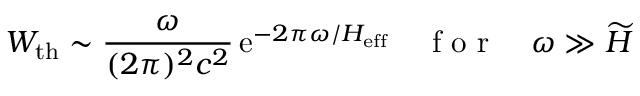
W _ { \mathrm { t h } } \sim \frac { \omega } { ( 2 \pi ) ^ { 2 } c ^ { 2 } } \, \mathrm { e } ^ { - 2 \pi \omega / H _ { \mathrm { e f f } } } \quad \mathrm { ~ f ~ o ~ r ~ } \quad \omega \gg \widetilde { H }